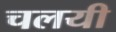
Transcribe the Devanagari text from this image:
चलयी